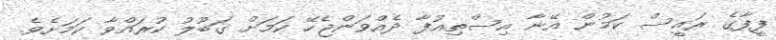
ފީފާގެ ރައީސް ކަމުން އޭނާ އިސްތިއުފާ ދެއްވަންޖެހޭ ކަމަށް ގަބޫލު ކުރައްވާ ކަމަށެވެ.